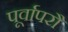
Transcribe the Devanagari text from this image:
पूर्वापरौ